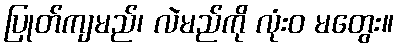
ပြုတ်ကျမည်၊ လဲမည်ကို လုံးဝ မတွေး။